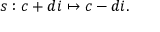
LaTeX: s : c + d i \mapsto c - d i .